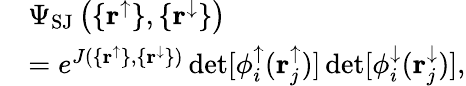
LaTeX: \begin{array}{rl}&{\Psi_{\mathrm{SJ}}\left(\{ \mathbf{r}^{\uparrow}\} ,\{ \mathbf{r}^{\downarrow}\} \right)}\\ &{=e^{J(\{ \mathbf{r}^{\uparrow}\} ,\{ \mathbf{r}^{\downarrow}\} )}\operatorname*{det}[\phi_{i}^{\uparrow}(\mathbf{r}_{j}^{\uparrow})]\operatorname*{det}[\phi_{i}^{\downarrow}(\mathbf{r}_{j}^{\downarrow})],}\end{array}